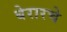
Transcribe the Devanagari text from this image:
बेरारचे